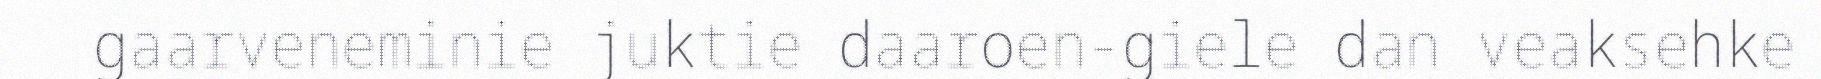
gaarveneminie juktie daaroen-giele dan veaksehke